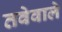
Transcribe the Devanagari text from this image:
तवेवाले